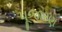
પૂજારણ